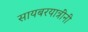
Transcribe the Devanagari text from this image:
सायबरयात्रींनी